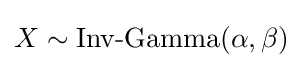
X\sim {\mbox{Inv-Gamma}}(\alpha ,\beta )